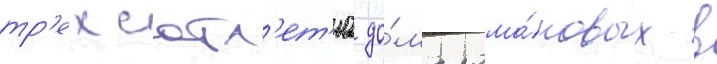
тр'ехсотл'ет'иа до́ма рома́новых в